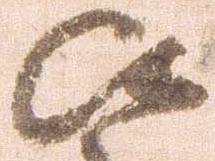
候